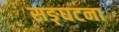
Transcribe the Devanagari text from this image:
सङ्घटना